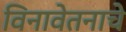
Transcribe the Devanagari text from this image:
विनावेतनाचे